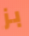
بز